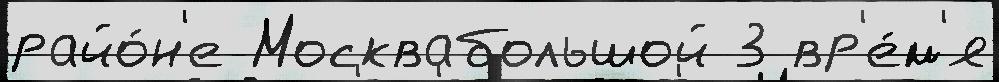
райо́н'е Москвабольшой 3 вр'е́м'я